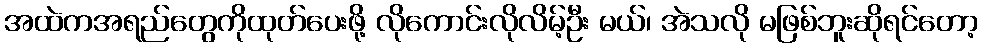
အထဲကအရည်တွေကိုထုတ်ပေးဖို့ လိုကောင်းလိုလိမ့်ဦး မယ်၊ အဲသလို မဖြစ်ဘူးဆိုရင်တော့